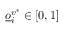
\underline { o } _ { i } ^ { v ^ { * } } \in [ 0 , 1 ]